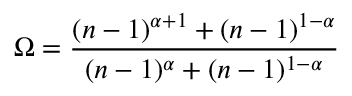
\Omega = \frac { ( n - 1 ) ^ { \alpha + 1 } + ( n - 1 ) ^ { 1 - \alpha } } { ( n - 1 ) ^ { \alpha } + ( n - 1 ) ^ { 1 - \alpha } }